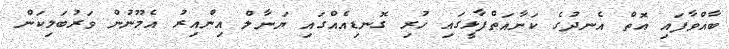
ބާއްވާފައި އޮތް އެނދުގެ ކަނާއަތްފާޅީގައި ހުރި ގޮނޑިއެއްގައި ޔަނާލް އިންއިރު އެމޫނުން ވަރުބަލިކަން